Scottish Leaving Certificate Examination, 1959
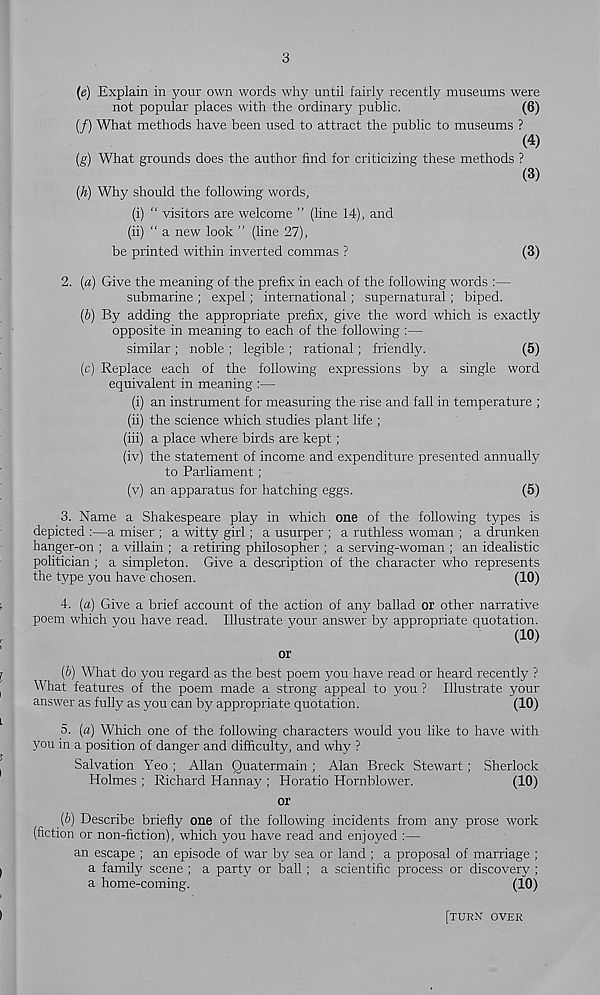
3
(e) Explain in your own words why until fairly recently museums were
not popular places with the ordinary public.
(6)
(/) What methods have been used to attract the public to museums ?
(4)
(g) What grounds does the author find for criticizing these methods ?
(3)
(h) Why should the following words,
(i) “ visitors are welcome ” (line 14), and
(ii) “ a new look ” (line 27),
be printed within inverted commas ?
(3)
2. (a) Give the meaning of the prefix in each of the following words :—
submarine ; expel; international; supernatural; biped.
(b) By adding the appropriate prefix, give the word which is exactly
opposite in meaning to each of the following :—
similar ; noble ; legible ; rational; friendly.
(5)
(c) Replace each of the following expressions by a single word
equivalent in meaning :—
(i) an instrument for measuring the rise and fall in temperature ;
(ii) the science which studies plant life ;
(iii) a place where birds are kept;
(iv) the statement of income and expenditure presented annually
to Parliament;
(v) an apparatus for hatching eggs.
(5)
3. Name a Shakespeare play in which one of the following types is
depicted :—a miser ; a witty girl; a usurper ; a ruthless woman ; a drunken
hanger-on ; a villain ; a retiring philosopher ; a serving-woman ; an idealistic
politician ; a simpleton. Give a description of the character who represents
the type you have chosen.
(10)
4. (a) Give a brief account of the action of any ballad or other narrative
poem which you have read. Illustrate your answer by appropriate quotation.
(10)
or
(b) What do you regard as the best poem you have read or heard recently ?
What features of the poem made a strong appeal to you ? Illustrate your
answer as fully as you can by appropriate quotation.
(10)
5. (a) Which one of the following characters would you like to have with
you in a position of danger and difficulty, and why ?
Salvation Yeo ; Allan Quatermain ; Alan Breck Stewart; Sherlock
Holmes ; Richard Hannay ; Horatio Hornblower.
(10)
or
(b) Describe briefly one of the following incidents from any prose work
(fiction or non-fiction), which you have read and enjoyed :—
an escape ; an episode of war by sea or land ; a proposal of marriage ;
a family scene ; a party or ball; a scientific process or discovery ;
a home-coming.
(10)
[TURN OVER